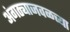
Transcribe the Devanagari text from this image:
अंगठ्याजवळच्या